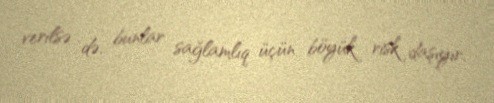
verilsə də, bunlar sağlamlıq üçün böyük risk daşıyır.